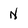
Character: N